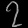
Digit: ၇